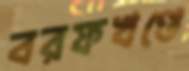
বরফখণ্ডে